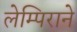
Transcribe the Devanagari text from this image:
लेम्पिराने